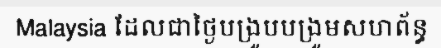
Malaysia ដែលជាថ្ងៃបង្រួបបង្រួមសហព័ន្ធ